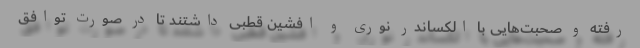
رفته و صحبت‌هایی با الکساندر نوری و افشین قطبی داشتند تا در صورت توافق